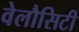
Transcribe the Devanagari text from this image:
वेलौसिटी